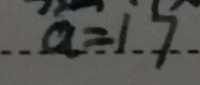
a = 1 7